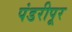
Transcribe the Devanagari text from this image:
पंडरीपूर